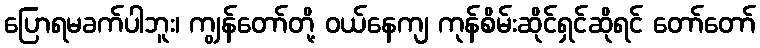
ပြောရမခက်ပါဘူး၊ ကျွန်တော်တို့ ဝယ်နေကျ ကုန်စိမ်းဆိုင်ရှင်ဆိုရင် တော်တော်